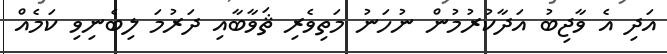
އަދި އެ ވާޖިބު އަދާކުރުމުން ނުހަނު މަތިވެރި ޘަވާބާއި ދަރުމަ ލިބެނިވި ކަމެއް